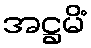
အဋ္ဌမိံ